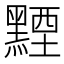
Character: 黫